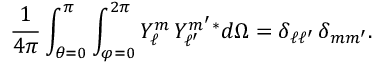
{ \frac { 1 } { 4 \pi } } \int _ { \theta = 0 } ^ { \pi } \int _ { \varphi = 0 } ^ { 2 \pi } Y _ { \ell } ^ { m } \, Y _ { \ell ^ { \prime } } ^ { m ^ { \prime } } { } ^ { * } d \Omega = \delta _ { \ell \ell ^ { \prime } } \, \delta _ { m m ^ { \prime } } .